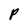
Character: P